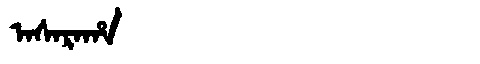
Manchu: ᠠᠰᠠᡵᠠᡥᠠ
Romanization: ASARAHA